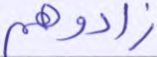
زادوهم